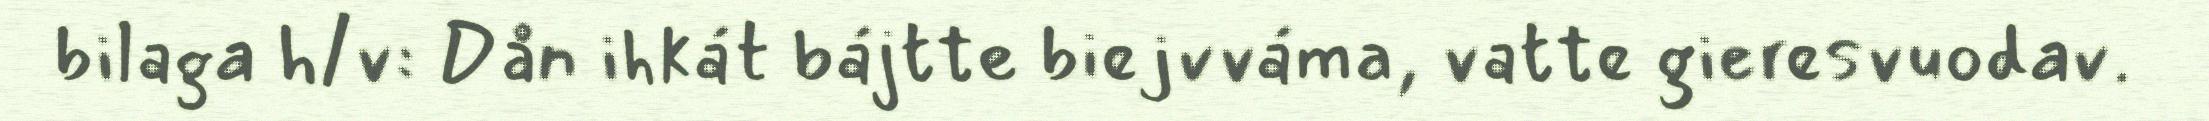
bilaga h/v: Dån ihkát bájtte biejvváma, vatte gieresvuodav.